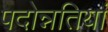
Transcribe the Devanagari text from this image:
पदोन्नतियां